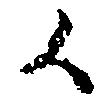
々